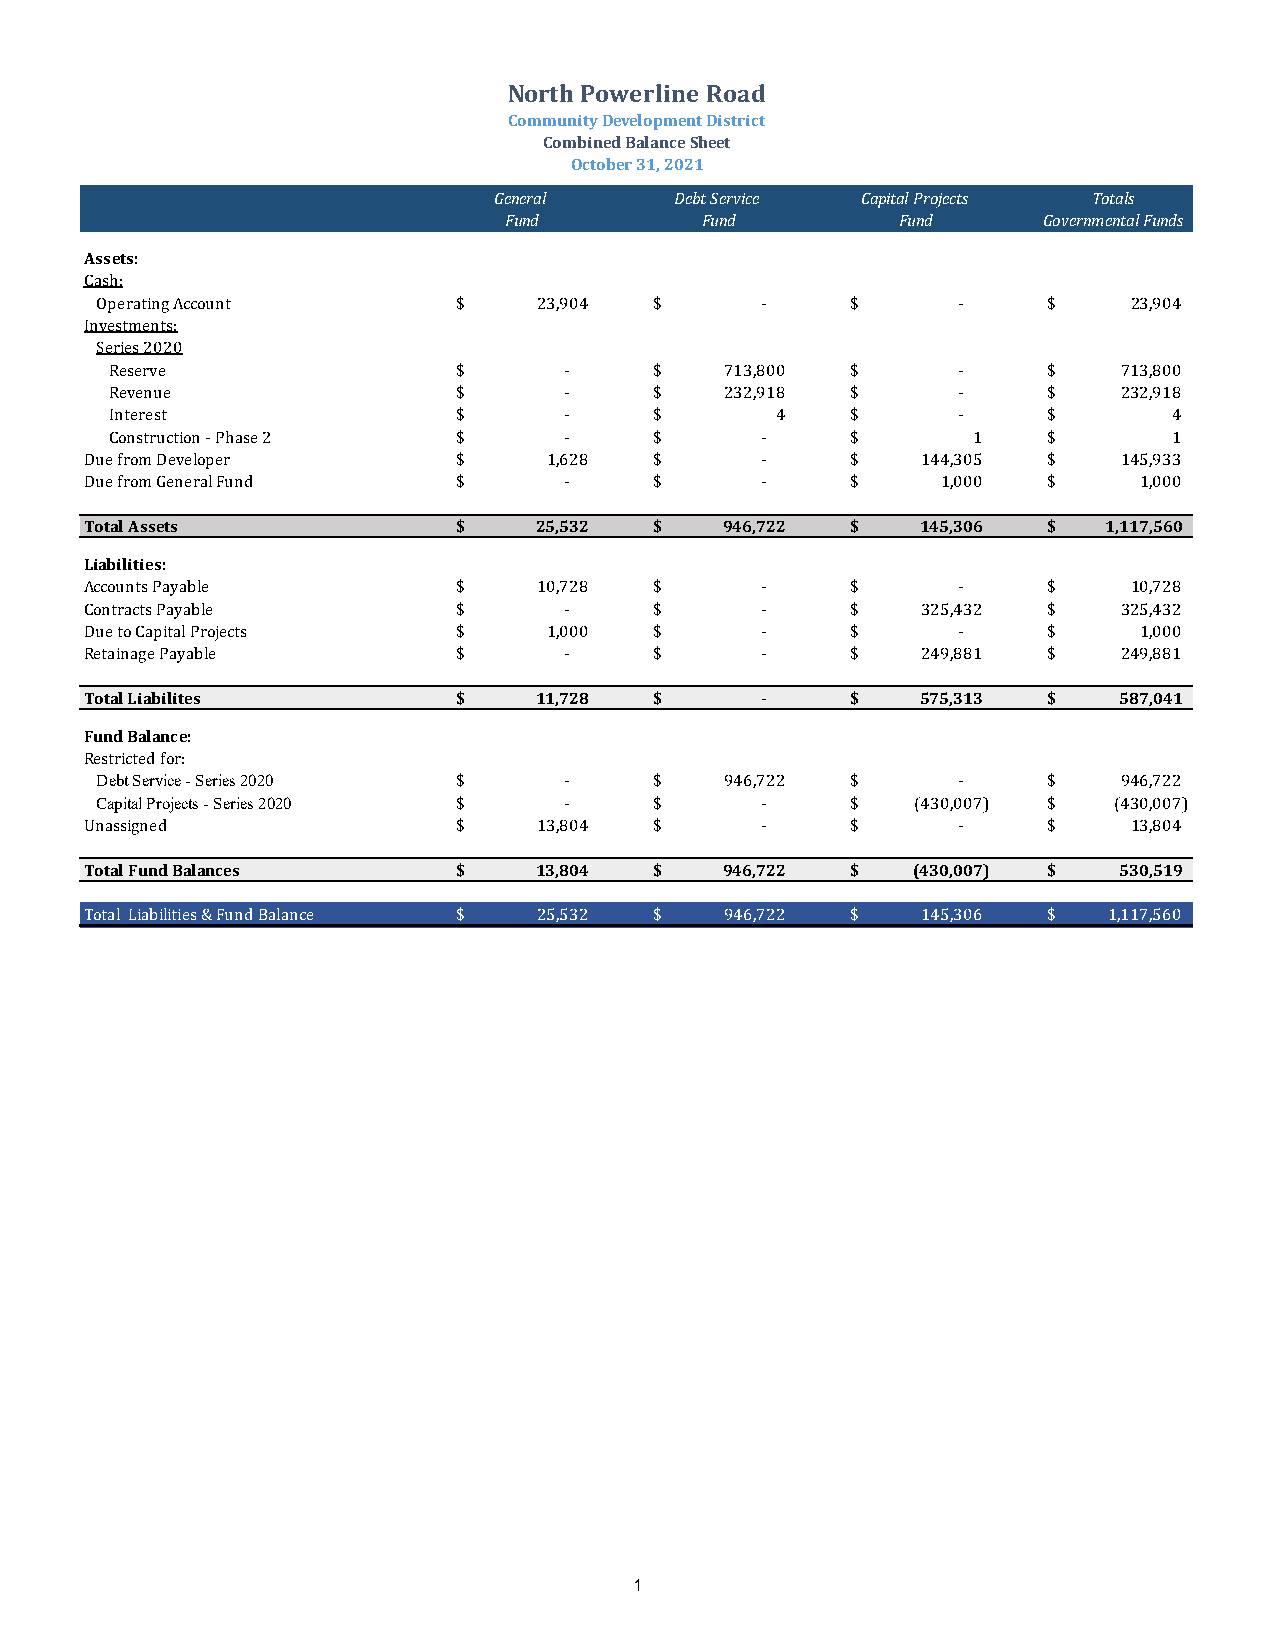
North Powerline Road
 Community Development District
 Combined Balance Sheet
 October 31, 2021
 General     Debt Service Capital Projects Totals
 Fund         Fund          Fund     Governmental Funds
 Assets:
 Cash:
 Operating Account       $     23,904 $      -     $      -     $     2 3,904
 Investments:
 Series 2020
 Reserve                $      -     $    7 13,800 $     -     $    713,800
 Revenue                $      -     $    2 32,918 $     -     $    232,918
 Interest               $      -     $       4    $      -     $        4
 Construction - Phase 2 $      -     $      -     $       1    $        1
 Due from Developer      $     1,628  $      -     $    1 44,305 $   145,933
 Due from General Fund   $      -     $      -     $     1,000  $      1,000
 Total Assets            $    25,532  $    946,722 $    145,306 $   1,117,560
 Liabilities:
 Accounts Payable        $     10,728 $      -     $      -     $     1 0,728
 Contracts Payable       $      -     $      -     $    3 25,432 $   325,432
 Due to Capital Projects $     1,000  $      -     $      -     $      1,000
 Retainage Payable       $      -     $      -     $    2 49,881 $   249,881
 Total Liabilites        $    11,728  $      -     $    575,313 $    5 87,041
 Fund Balance:
 Restricted for:
 Debt Service - Series 2020 $   -     $    9 46,722 $     -     $    946,722
 Capital Projects - Series 2020 $ -   $      -     $    (430,007) $  ( 430,007)
 Unassigned              $     13,804 $      -     $      -     $     1 3,804
 Total Fund Balances     $    13,804  $    946,722 $   (430,007) $   5 30,519
 Total Liabilities & Fund Balance $ 25,532 $ 9 46,722 $ 1 45,306 $  1,117,560
 1